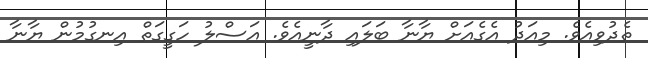
ތެދުވިއެވެ. މިއަދު އެގެއަށް ޔާނާ ބަލައި ދާނީއެވެ. އަސްލު ހަގީގަތް އިނގުމުން ޔާނާ